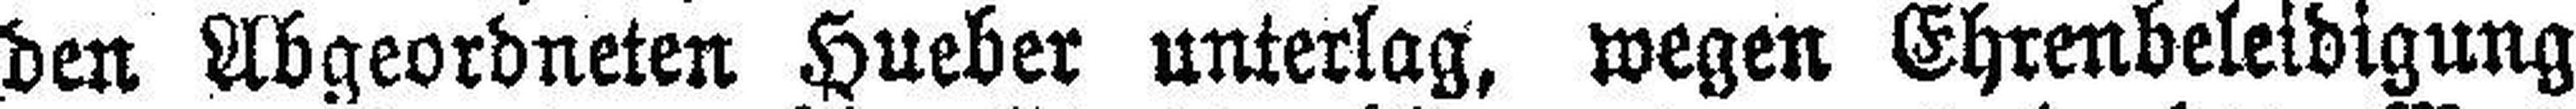
den Abgeordneten Hueber unterlag, wegen Ehrenbeleidigung